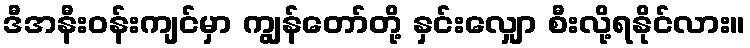
ဒီအနီးဝန်းကျင်မှာ ကျွန်တော်တို့ နှင်းလျှော စီးလို့ရနိုင်လား။